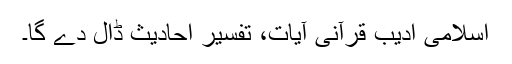
اسلامی ادیب قرآنی آیات، تفسیر احادیث ڈال دے گا۔